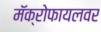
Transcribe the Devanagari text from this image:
मॅक्रोफायलवर